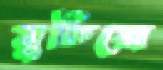
মুতিয়ো